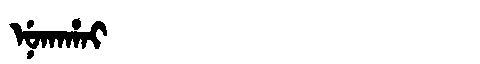
Manchu: ᠨᡠᡴᠠᡥᠠᡳ
Romanization: NUKAHAI